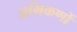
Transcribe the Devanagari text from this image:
अभिकणों